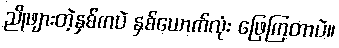
ညိုဖျားတဲ့နှစ်ကပဲ နှစ်ယောက်လုံး ဖြေကြတာပဲ။